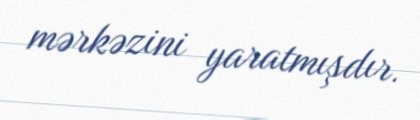
mərkəzini yaratmışdır.